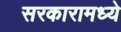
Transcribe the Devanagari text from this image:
सरकारामध्ये